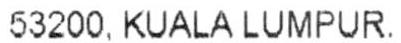
53200, KUALA LUMPUR.